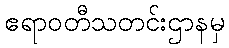
ဧရာဝတီသတင်းဌာနမှ